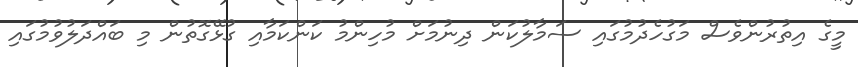
މީގެ އިތުރުންވެސް މަގުހެދުމުގައި ސަމާލުކަން ދިނުމަށް މުހިންމު ކަންކަމާއި ގުޅޭގޮތުން މި ބައްދަލުވުމުގައި